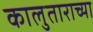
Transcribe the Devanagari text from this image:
कालुताराच्या